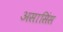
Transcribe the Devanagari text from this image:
असासिंस